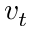
v _ { t }